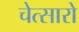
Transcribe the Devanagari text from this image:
चेत्सारो